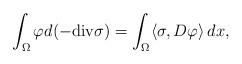
LaTeX: \begin{align*}\int_{\Omega} \varphi d (- {\rm div} \sigma) = \int_{\Omega} \langle \sigma, D \varphi \rangle \, dx,\end{align*}